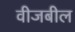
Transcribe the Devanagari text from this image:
वीजबील